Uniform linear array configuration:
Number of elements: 64
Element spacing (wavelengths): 0.25
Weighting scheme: hann
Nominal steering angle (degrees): -30
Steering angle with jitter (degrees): -30.05
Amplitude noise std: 0.05
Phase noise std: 0.05

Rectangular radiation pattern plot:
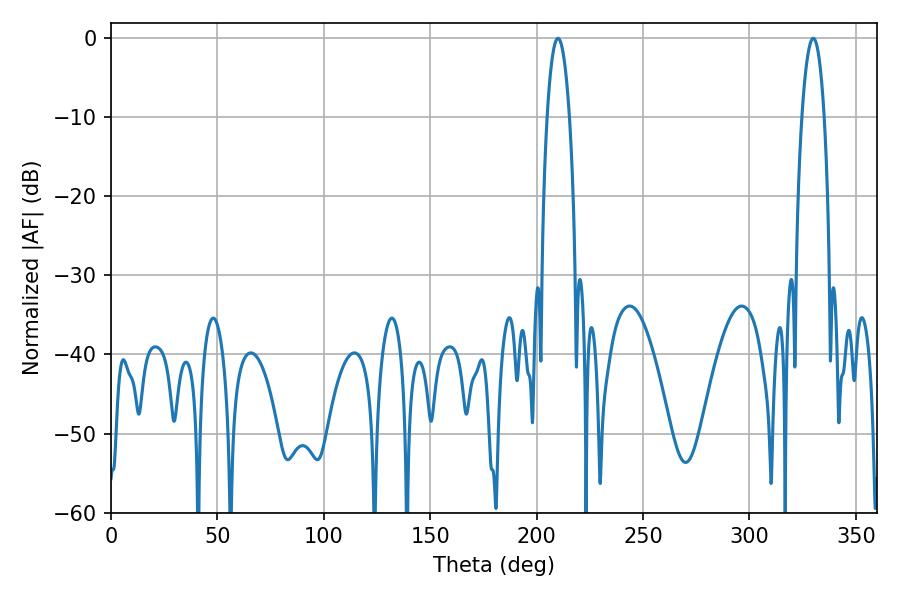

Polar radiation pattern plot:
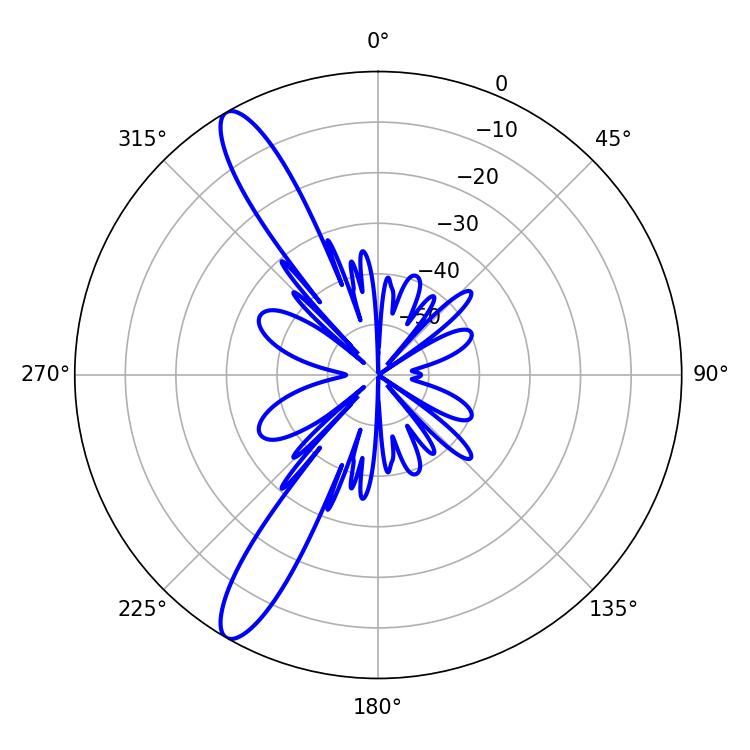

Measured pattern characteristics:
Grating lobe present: FALSE
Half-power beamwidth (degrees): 5.76
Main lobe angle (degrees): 329.94